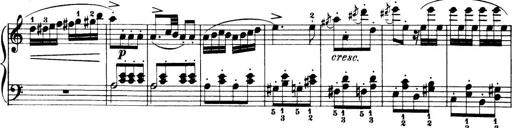
Title: 32 Sonatinas and Rondos for the Piano
Composer: Richard Kleinmichel